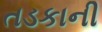
તડકાની